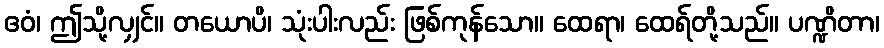
ဧဝံ၊ ဤသို့လျှင်။ တယောပိ၊ သုံးပါးလည်း ဖြစ်ကုန်သော။ ထေရာ၊ ထေရ်တို့သည်။ ပဏ္ဍိတာ၊